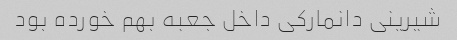
شیرینی دانمارکی داخل جعبه بهم خورده بود